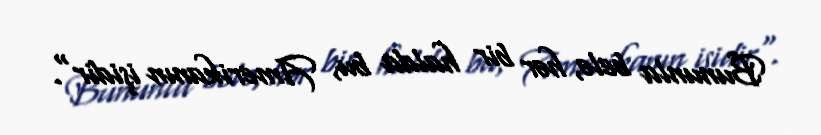
Bununla belə, hər bir halda bu, Amerikanın işidir".